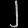
Digit: ၂